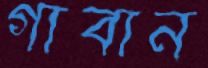
গাবান